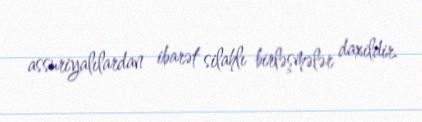
assuriyalılardan ibarət silahlı birləşmələr daxildir.